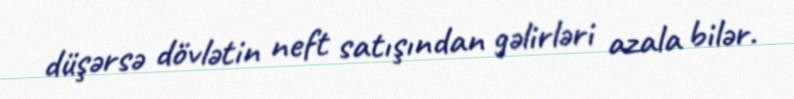
düşərsə dövlətin neft satışından gəlirləri azala bilər.